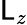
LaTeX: \mathsf{L}_{z}